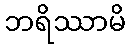
ဘရိဿာမိ